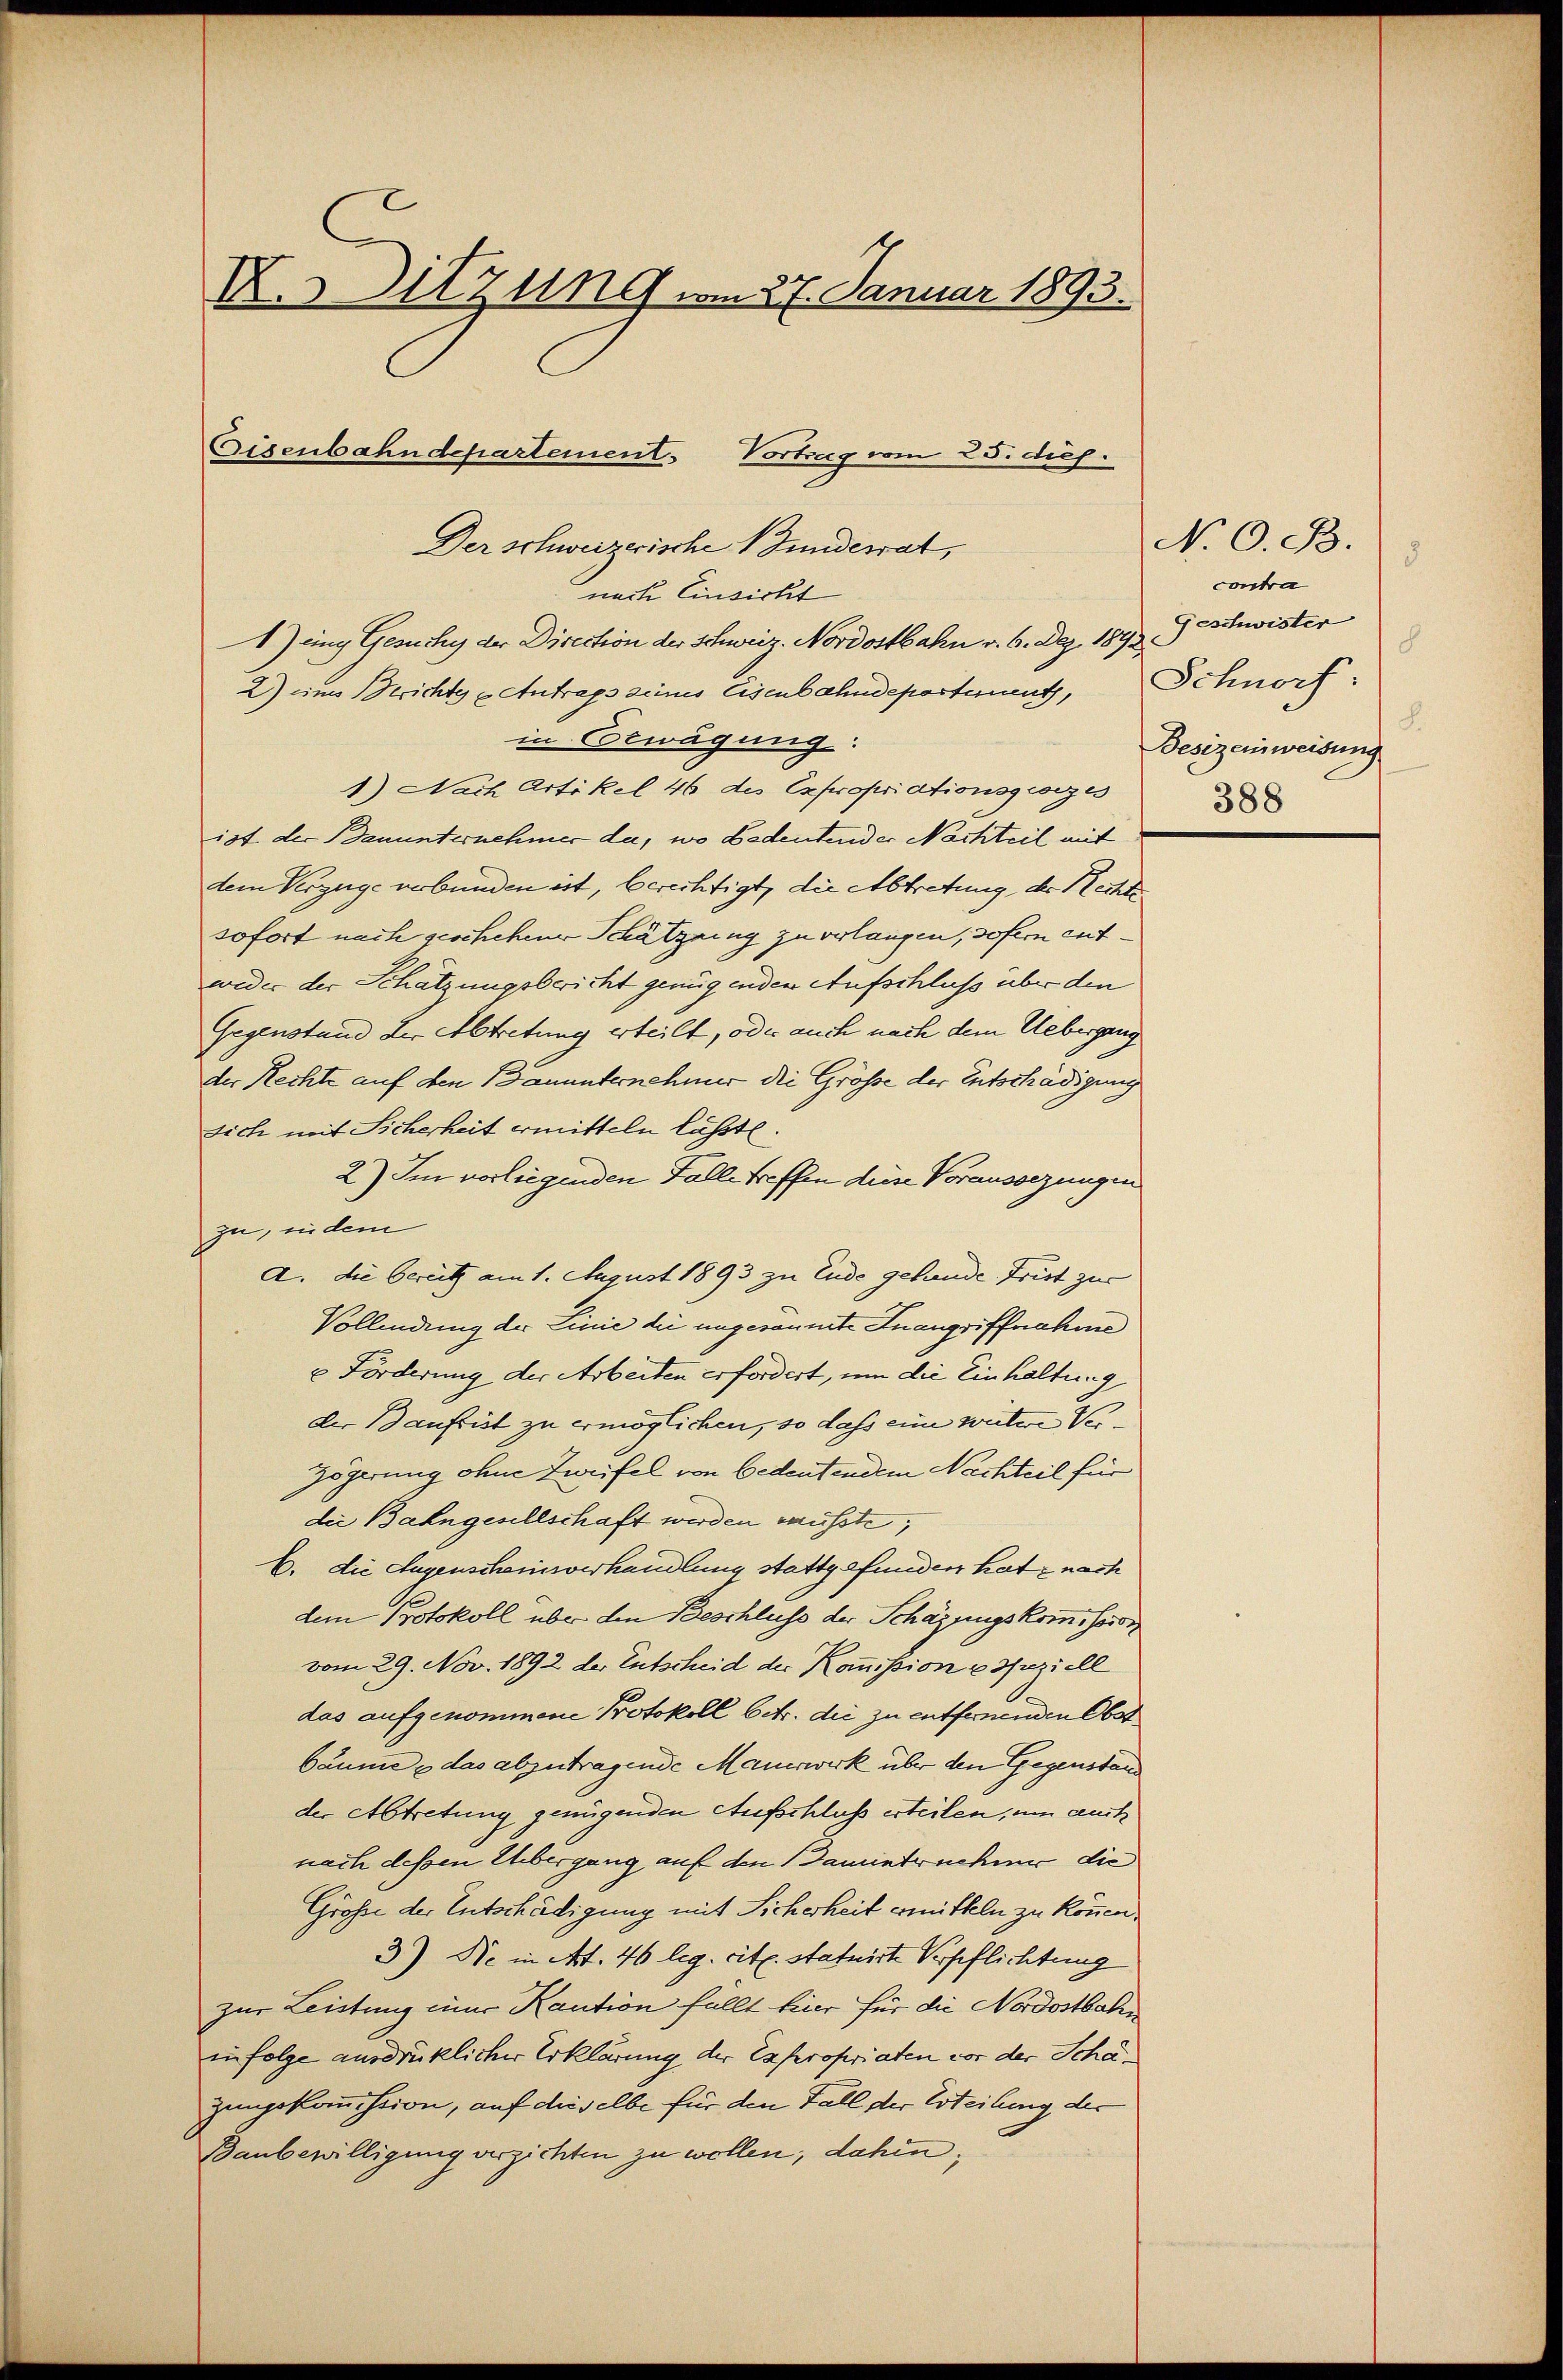
X. Sitzung vom 27. Januar 1893.
Eisenbahndepartement. Vortrag vom 25. dup.
Der schweizerische Fundesrat,

1Jung Gesuchy der Direction der Schweiz. Nordostbahn v. 6. Dez. 1892
2) eines Berichte Antrags seines Eisenbahndepartement,
in Erwägung:
1) Nach Artikel 46 des Expropriationsgronzes
ist der Bauunternehmer da, wo bedentender Nachteil mit
dem Verzeige verbunden ist, berechtigt, die Abtretung, der Rechtesofort nach geschehener Schätzung zu verlangen, sofern entweder der Schätzungsbericht genügenden Aufschluß über den
Gegenstand der Abtretung erteilt, oder auch nach dem Uebergang
der Rechte auf den Bauunternehmer die Grösse der Entschädigung
sich mit Sicherheit ermitteln lässt.
2) Im vorliegenden Falle treffen diese Vorausorzungen
zu, in dem
A. die bereitz am 1. August 1893 zu Ende gefunde Frist zur
Vollendung der Linie die ungesammte Inangriffnahme
u Förderung der Arbeiten erfordert, um die Einhaltung
der Baufrist zu ermöglichen, so dass eine weitere Ver¬
Zögerung ohne Zweifel von bedeutendem Nachteil für
die Bahngesellschaft werden müßte;
C. die Augenscheinsverhandlung stattgefunden hat nach
dem Protokoll über den Beschluss der Schäzungskommission
vom 29. Nov. 1892 der Entscheid der Kommission u Speziell
das aufgenommene Protokoll betr. die zu entfernenden Ober
bäume, das abzutragende Mauerwerk über den Gegenstand
der Abtretung genügenden Aufschluß erteilen, um auch
nach dessen Übergang auf den Bauinternehmer die
Grösse der Entschädigung mit Sicherheit ermitteln zu können.
3) Die in Art. 46 leg. cit. Statuirte Verpflichtung
zur Leistung einer Kaution füllt hier für die Nordostbahn
in folge ausdrücklicher Erklärung der Expropriaten vor der Schäzungskommission, auf dieselbe für den Fall der Erteilung, der
Baubewilligung verzichten zu wollen, dahin,

nach Einsicht

N. O. B.
8
contra
Geschwister
8
Schnorf:
8.
Besizeinweisung
388